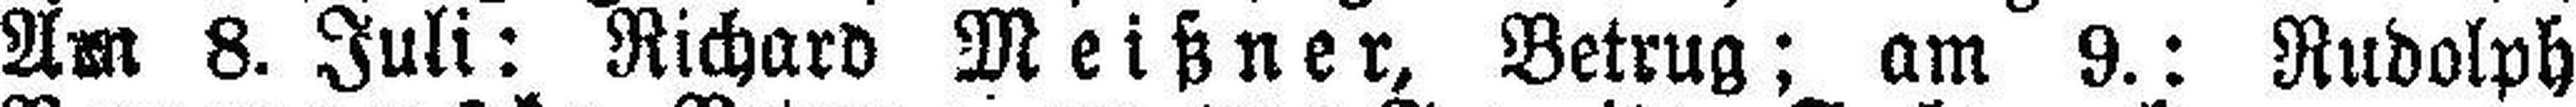
Am 8. Juli: Richard Meißner, Betrug; am 9.: Rudolph